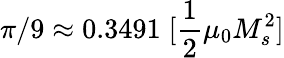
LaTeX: \pi/9\approx 0.3491\; [\frac{1}{2}\mu_{0}M_{s}^{2}]